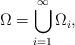
LaTeX: \begin{align*} \Omega = \bigcup_{i=1}^\infty \Omega_i,\end{align*}